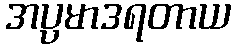
အပ္ပမာဒရတာယ